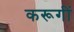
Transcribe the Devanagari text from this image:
करूगीं